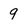
Character: 9